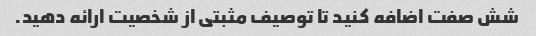
شش صفت اضافه کنید تا توصیف مثبتی از شخصیت ارائه دهید.